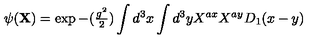
\psi ( { \bf X } ) = \exp { - ( { \textstyle { \frac { g ^ { 2 } } { 2 } } } ) \int d ^ { 3 } x \int d ^ { 3 } y X ^ { a x } X ^ { a y } D _ { 1 } ( x - y ) }